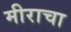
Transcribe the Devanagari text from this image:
मीराचा